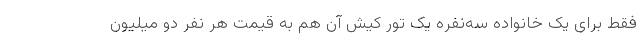
فقط برای یک خانواده سه‌نفره یک تور کیش آن هم به قیمت هر نفر دو میلیون